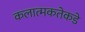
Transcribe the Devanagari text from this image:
कलात्मकतेकडे